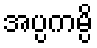
အပ္ပကမ္ပိ